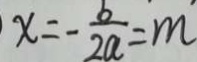
x = - \frac { b } { 2 a } = m